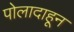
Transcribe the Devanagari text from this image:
पोलादाहून